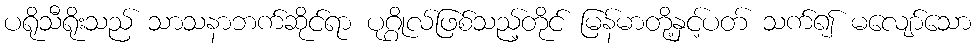
ပရိုသီရိုးသည် သာသနာဘက်ဆိုင်ရာ ပုဂ္ဂိုလ်ဖြစ်သည့်တိုင် မြန်မာတို့နှင့်ပတ် သက်၍ မလျော်သော